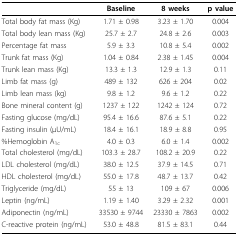
<table><thead><tr><td></td><td><b>Baseline</b></td><td><b>8 weeks</b></td><td><b>p value</b></td></tr></thead><tbody><tr><td>Total body fat mass (Kg)</td><td>1.71 ± 0.98</td><td>3.23 ± 1.70</td><td>0.004</td></tr><tr><td>Total body lean mass (Kg)</td><td>25.7 ± 2.7</td><td>24.8 ± 2.6</td><td>0.003</td></tr><tr><td>Percentage fat mass</td><td>5.9 ± 3.3</td><td>10.8 ± 5.4</td><td>0.002</td></tr><tr><td>Trunk fat mass (Kg)</td><td>1.04 ± 0.84</td><td>2.38 ± 1.45</td><td>0.004</td></tr><tr><td>Trunk lean mass (Kg)</td><td>13.3 ± 1.3</td><td>12.9 ± 1.3</td><td>0.11</td></tr><tr><td>Limb fat mass (g)</td><td>489 ± 132</td><td>626 ± 204</td><td>0.02</td></tr><tr><td>Limb lean mass (kg)</td><td>9.8 ± 1.2</td><td>9.6 ± 1.2</td><td>0.22</td></tr><tr><td>Bone mineral content (g)</td><td>1237 ± 122</td><td>1242 ± 124</td><td>0.72</td></tr><tr><td>Fasting glucose (mg/dL)</td><td>95.4 ± 16.6</td><td>87.6 ± 5.1</td><td>0.22</td></tr><tr><td>Fasting insulin (μU/mL)</td><td>18.4 ± 16.1</td><td>18.9 ± 8.8</td><td>0.95</td></tr><tr><td>%Hemoglobin A<sub>1c</sub></td><td>4.0 ± 0.3</td><td>6.0 ± 1.4</td><td>0.002</td></tr><tr><td>Total cholesterol (mg/dL)</td><td>103.3 ± 28.7</td><td>108.2 ± 20.9</td><td>0.22</td></tr><tr><td>LDL cholesterol (mg/dL)</td><td>38.0 ± 12.5</td><td>37.9 ± 14.5</td><td>0.71</td></tr><tr><td>HDL cholesterol (mg/dL)</td><td>55.0 ± 17.8</td><td>48.7 ± 13.7</td><td>0.42</td></tr><tr><td>Triglyceride (mg/dL)</td><td>55 ± 13</td><td>109 ± 67</td><td>0.006</td></tr><tr><td>Leptin (ng/mL)</td><td>1.19 ± 1.40</td><td>3.29 ± 2.32</td><td>0.001</td></tr><tr><td>Adiponectin (ng/mL)</td><td>33530 ± 9744</td><td>23330 ± 7863</td><td>0.002</td></tr><tr><td>C-reactive protein (ng/mL)</td><td>53.0 ± 48.8</td><td>81.5 ± 83.1</td><td>0.44</td></tr></tbody></table>